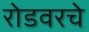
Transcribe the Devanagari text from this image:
रोडवरचे